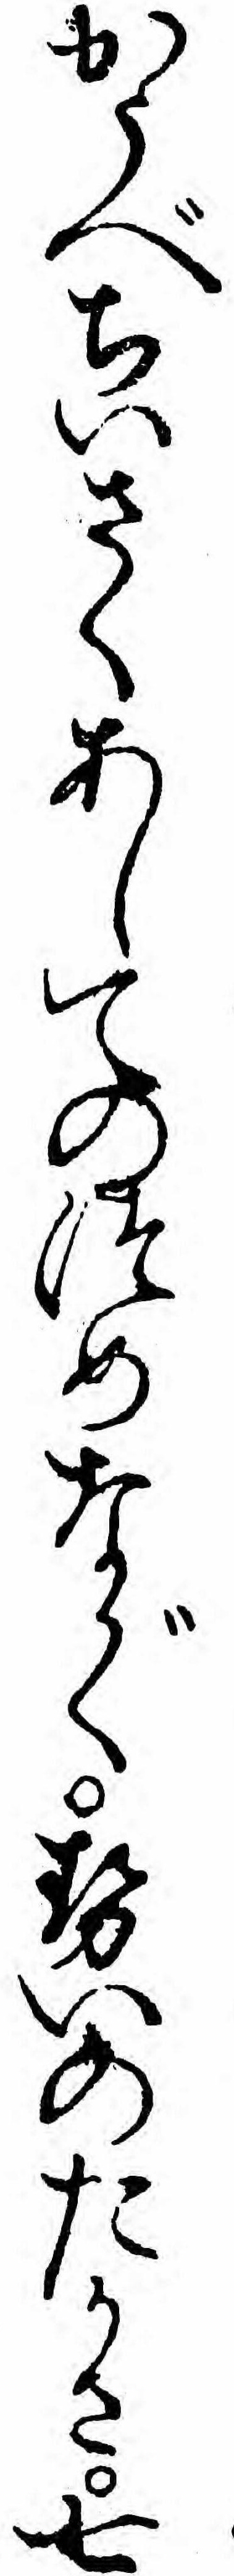
かうべちいさくあしてのつめながくせいのたかさ七